Annual statistical returns and brief notes on vaccination in Bengal - 1887-1898
Year: 1887
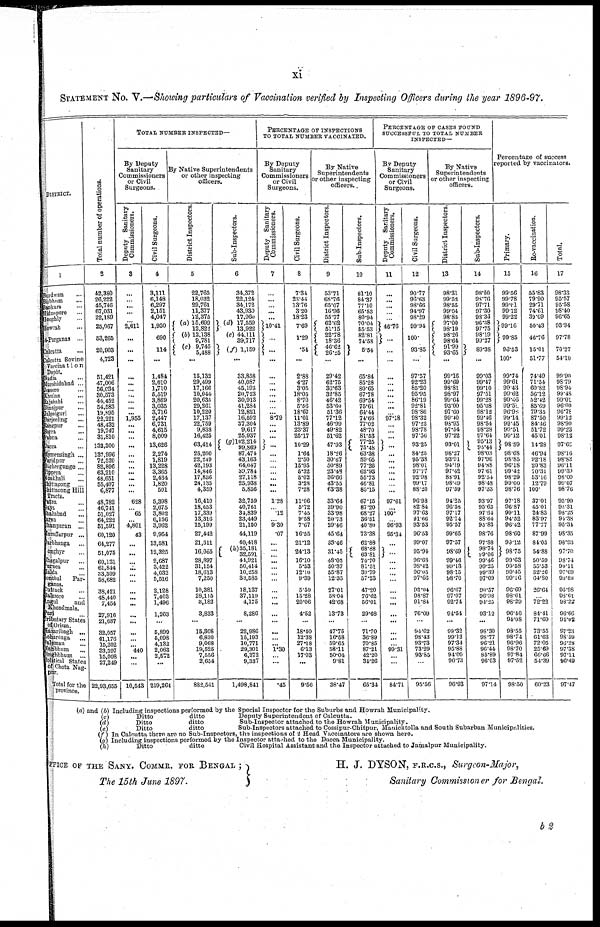
xi
STATEMENT No. V.—Showing particulars of Vaccination verified by Inspecting Officers during the year 1896-97.
DISTRICT.
1
Burdwan ...
Birbhum ...
Bankura ...
Midnapore ...
Hooghly ...
Howrah ...
4-Parganas ...
Calcutta ...
Calcutta Bovine
Vaccination
Dopôt.
Nadia ...
Murshidabad ...
Jeasore
...
Khulna
...
Rajshahi
...
Dinajpur
...
Jalpaiguri
...
Darjeeling
...
Rangpur
...
Bogra
...
Pabna
...
Dacca ...
Mymensingh ...
Faridpur ...
Backergunge ...
Nippera ...
Noakhali ...
Chittagong
...
Chittagong Hill
Tracts.
Patna ...
Gaya ...
Shahabad ...
Saran ...
Champaran ...
Muzaffarpur ...
Darbhanga ...
Donghyr ...
Bhagalpur
...
Surnea ...
Malda ...
Sonthal
Par-
ganas.
Cuttack ...
Balasore ...
Bengal
and
Khondmals.
Puri ...
Tributary States
of Orissa.
Hazaribagh ...
Lohardaga ...
Palamau ...
Manbhum ...
Singhbhum ...
Political States
of Chota Nag-
pur.
Total for the
province.
Total number of operations.
2
42,380
26,222
45,746
67,031
22,189
25,067
53,265
20,903
4,723
51,421
47,006
56,034
30,573
44,452
54,583
19,895
22,221
48,432
19,747
31,810
132,300
137,996
72,520
82,896
63,210
48,651
55,407
6,877
48,782
46,741
51,027
64,222
51,591
60,120
64,277
51,075
60,131
61,844
33,309
58,682
38,421
48,440
7,454
27,916
21,687
32,057
41,176
15,202
33,597
15,098
27,249
22,93,655
TOTAL NUMBER INSPECTED—
By Deputy
Sanitary
Commissioners
or Civil
Surgeons.
Deputy Sanitary
Commissioners.
3
...
...
...
...
...
2,611
...
...
...
...
...
... ...
...
... ...
1,955
...
... ...
...
...
... ...
...
... ...
...
628
... 65
... 4,801
43
...
...
...
...
... ...
...
... ...
... ...
...
...
... 440
...
...
10,543
Civil Surgeons.
4
3,111
6,148
6,297
2,151
4,047
1,930
690
114
...
1,484
2,610
1,710
5,519
3,869
3,035
3,716
2,447
6,731
4,615
8,009
13,626
2,274
1,819
13,228
3,365
2,434
1,820
501
5,398
2,675
3,802
6,156
3,962
9,954
13,581
12,325
9,687
3,422
4,032
5,516
2,128
7,403
1,496
1,263
...
5,899
5,098
4,132
2,063
2,572
...
219,264
By Native Superintendents
or other inspecting
officers.
District Inspectors.
5
22,765
18,032
29,761
11,377
12,375
(a) 15,699
12,822
(b)12,138
9,781
(c) 9,745
5,488
...
15,132
29,499
17,166
10,044
20,635
29,261
10,220
17,137
22,759
9,838
16,425
63,414
25,200
22,249
42,193
14,846
17,836
24,135
4,359
16,410
18,653
17,339
13,316
15,199
27,442
21,511
16,065
28,897
31,154
18,613
7,250
10,381
28,115
3,182
3,833
...
15,808
6,830
9,068
19,525
7,556
2,654
882,541
Sub-Inspectors.
6
34,372
22,124
34,172
43,930
17,960
(d) 17,559
13,922
(e) 44,111
39,717
( f ) 1,159
...
33,858
40,087
45,193
20,723
30,913
41,284
12,821
16,592
37,304
9,617
25,937
(g)102,214
99,869
87,474
43,163
64,047
39,784
27,118
25,938
5,856
32,759
40,761
34,839
23,449
21,150
44,119
40,418
(h) 35,181
32,591
44,921
50,414
10,258
30,585
18,137
37,119
4,175
8,286
...
22,986
15,193
10,771
29,301
6,372
9,337
1,498,841
PERCENTAGE OF INSPECTIONS
TO TOTAL NUMBER VACCINATED.
By Deputy
Sanitary
Commissioners
or Civil
Surgeons.
Deputy Sanitary
Commissioners.
7
...
...
...
...
...
10.41
...
...
...
...
...
...
...
...
... ... 8.79
... ...
...
...
...
...
... ...
... ...
...
1.28
... .12
... 9.30
.07
...
...
...
...
...
...
...
... ...
...
...
...
... ... 1.30
...
...
.45
Civil Surgeons.
8
7.34
23.44
13.76
3.20
18.23
7.69
1.29
.54
...
2.88
4.27
3.05
18.05
8.70
5.56
18.67
11.01
13.89
23.37
25.17
10.29
1.64
2.50
15.95
5.32
5.02
3.28
7.28
11.06
5.72
7.45
9.58
7.67
16.55
21.12
24.13
16.10
5.53
12.10
9.39
5.50
15.28
20.06
4.52
...
18.40
12.38
27.18
6.13
17.03
...
9.56
By Native
Superintendents
or other inspecting
officers..
District Inspectors.
9
53.71
68.76
65.07
16.96
55.77
62.62
51.15
22.78
18.36
46.62
26.25
...
29.42
62.75
30.63
32.85
46.42
53.60
51.36
77.12
46.99
49.82
51.62
47.93
18.26
30.67
50.89
23.48
36.66
43.55
63.38
33.64
39.90
33.98
20.73
29.46
45.64
33.46
31.45
48.05
50.37
55.87
12.35
27.01
58.04
42.68
13.73
...
47.75
16.58
59.65
58.11
50.04
9.81
38.47
Sub-Inspectors.
10
81.10
84.37
77.10
65.53
80.94
70.04
55.53
82.81
74.58
5.54
...
65.84
85.28
80.65
67.78
69.54
75.61
64.44
74.66
77.02
48.70
81.53
77.25
75.48
63.38
59.65
77.26
62.93
55.73
46.81
85.15
67.15
87.20
68.27
36.51
40.80
73.38
62.88
68.88
63.81
74.70
81.51
30.79
57.23
47.20
76.62
56.01
29.68
...
71.70
36.89
70.85
87.21
42.20
34.26
65.34
PERCENTAGE OF CASES FOUND
SUCCESSFUL TO TOTAL NUMBER
INSPECTED—
By Deputy
Sanitary
Commissioners
or Civil
Surgeons.
Deputy Sanitary
Commissioners.
11
...
...
...
...
...
46.76
...
...
...
...
...
...
...
... ...
... 97.18
...
... ...
...
... ...
...
...
...
... ...
97.61
... 100.
... 96.93
95.34
...
...
...
...
...
...
...
... ...
... ...
...
...
...
99.31
...
...
84.71
Civil Surgeons.
12
90.77
96.63
98.66
94.97
98.29
99.94
100.
93.85
...
97.57
92.23
85.20
95.95
86.19
92.81
98.86
98.32
97.22
98.78
97.56
93.25
84.25
95.38
98.01
97.77
92.98
99.17
88.20
96.98
82.84
97.63
91.66
93.53
96.53
99.07
95.94
96.68
98.42
96.05
97.66
93.04
98.87
91.84
76.09
...
94.62
98.43
93.73
73.29
93.85
...
95.56
By Native
Superintendents
or other inspecting
officers.
District Inspectors.
13
98.31
99.52
98.55
99.04
98.85
97.00
98.19
98.26
98.64
91.99
93.65
...
99.16
99.69
98.81
98.97
99.64
93.00
97.60
99.40
98.95
97.54
97.22
93.01
98.27
93.91
94.19
97.42
88.91
98.49
97.59
94.25
96.58
97.17
92.14
95.57
99.65
97.57
98.69
99.46
99.13
98.15
98.70
96.67
97.07
92.74
94.54
...
99.32
99.13
97.34
95.88
94.09
90.73
96.93
Sub-Inspectors.
14
98.50
98.76
97.71
97.30
98.36
96.38
97.75
98.19
99.27
89.38
...
99.03
99.47
99.10
97.51
99.28
95.08
98.12
99.46
98.54
98.28
97.64
95.13
90.44
98.03
97.96
94.88
97.61
92.54
98.48
97.33
93.97
95.63
97.64
88.64
95.83
98.76
97.88
98.74
99.06
99.46
99.25
99.39
97.09
90.57
96.98
94.25
93.12
...
98.30
98.77
96.21
96.44
85.89
96.03
97.14
Percentage of success
reported by vaccinators.
Primary.
15
99.56
99.78
99.61
99.12
99.22
99.16
99.85
96.53
100.
99.74
99.61
99.43
99.62
99.46
99.50
96.90
99.14
99.45
99.51
99.12
98.59
98.68
98.85
96.18
99.42
98.29
99.60
98.76
97.18
96.87
99.11
94.52
96.42
98.60
99.12
98.75
99.63
99.58
99.45
99.16
96.69
98.61
98.29
96.40
94.08
98.55
98.74
96.96
98.70
97.84
97.52
98.50
Re-vaccination.
16
55.83
79.90
29.71
74.61
39.09
50.43
46.76
15.01
51.77
74.49
71.54
60.82
56.12
52.42
85.69
79.35
87.50
84.46
51.72
45.01
14.28
46.94
92.18
20.83
70.31
53.16
12.79
100.
37.0l
45.01
24.83
83.97
77.77
87.99
84.05
54.88
50.59
55.53
32.26
64.80
26.64
... 72.22
84.41
71.69
73.55
61.63
72.05
25.69
66.66
54.39
60.23
Total.
17
98.33
95.57
95.58
98.40
96.65
93.34
97.78
70.27
54.10
99.90
98.79
98.94
99.48
99.01
96.00
96.78
99.12
98.90
99.23
98.12
97.65
98.16
98.83
96.11
99.39
98.00
99.07
98.76
95.99
95.31
98.25
94.38
95.31
98.35
98.93
97.70
98.74
99.11
97.69
90.88
95.98
98.61
98.22
96.66
94.02
97.23
98.59
96.28
97.38
97.11
96.49
97.47
(a) and (b) Including inspections performed by the Special Inspector for the Suburbs and Howrah Municipality.
(c)
Ditto
ditto
Deputy Superintendent of Calcutta.
(d)
Ditto
ditto
Sub-Inspector attached to the Howrah Municipality.
(e)
Ditto
ditto
Sub-Inspectors attached to Cossipur-Chitpur. Manicktolla and South Subarban Municipalities.
(f) In Calcutta there are no Sub-Inspectors, the inspections of 2 Head Vaccinators are shown here.
(g) Including inspections performed by the Inspector attached to the Dacca Municipality.
(h)
Ditto
ditto
Civil Hospital Assistant and the Inspector attached to Jamalpur Municipality.
OFFICE OF THE SANY. COMMR. FOR BENGAL ;
The 15th June 1897.
H. J. DYSON, F.R.C.S., Surgeon-Major,
Sanitary Commissioner for Bengal.
b2